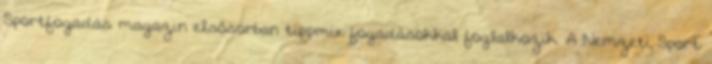
Sportfogadás magazin elsősorban tippmix fogadásokkal foglalkozik. A Nemzeti Sport